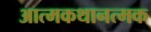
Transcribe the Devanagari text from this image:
आत्मकथानत्मक